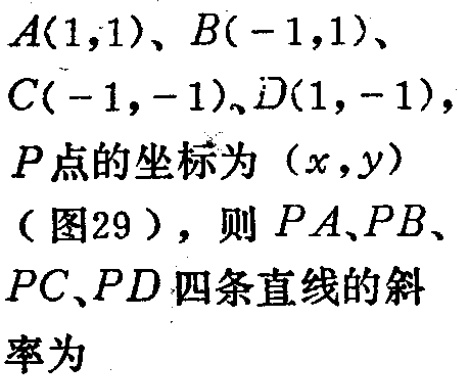
\(A(1,1)\)、\(B(-1,1)\)、
\(C(-1,-1)\)、\(D(1,-1)\)，
\(P\)点的坐标为\((x,y)\)
（图29），则\(PA\)、\(PB\)、
\(PC\)、\(PD\)四条直线的斜率为